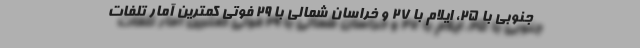
جنوبی با ۲۵، ایلام با ۲۷ و خراسان شمالی با ۲۹ فوتی کمترین آمار تلفات